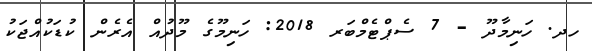
ހދ. ހަނިމާދޫ - 7 ސެޕްޓެމްބަރ 2018: ހަނިމޫގެ މޫދުއް އެރެން ކުޑަކުުއްޖަކު